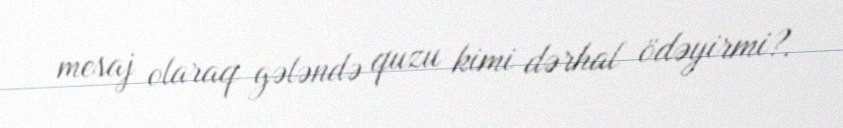
mesaj olaraq gələndə quzu kimi dərhal ödəyirmi?.